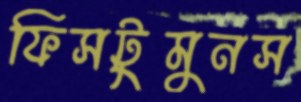
ফিসটুমুনস